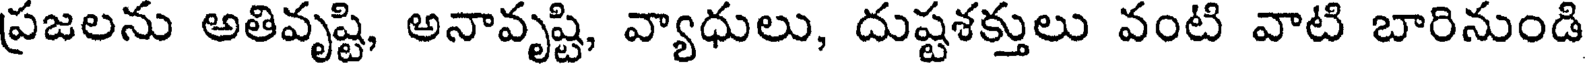
ప్రజలను అతివృష్టి, అనావృష్టి, వ్యాధులు, దుష్టశక్తులు వంటి వాటి బారినుండి